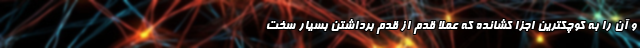
و آن را به کوچکترین اجزا کشانده که عملا قدم از قدم برداشتن بسیار سخت